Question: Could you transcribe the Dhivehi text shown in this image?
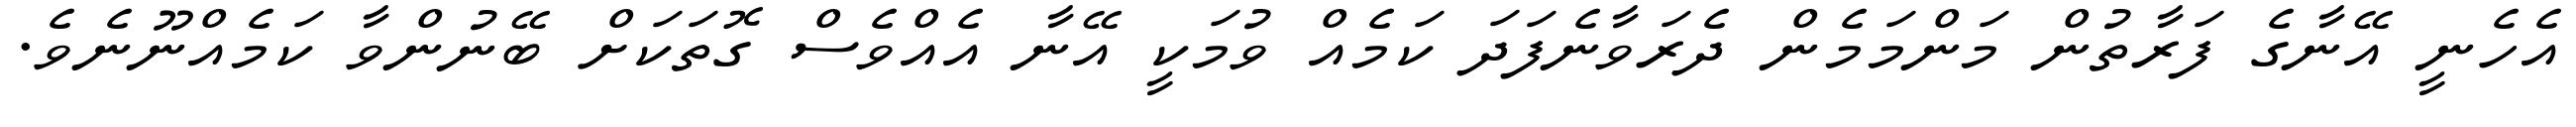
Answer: އެހެނީ އޭނާގެ ފަރާތުން މަންމަމެން ދެރަވާނެފަދަ ކަމެއް ވުމަކީ އޭނާ އެއްވެސް ގޮތަކަށް ބޭނުންވާ ކަމެއްނޫނެވެ.